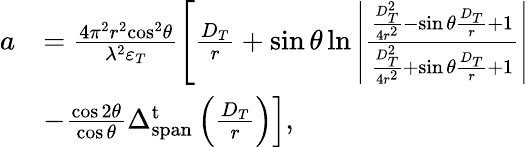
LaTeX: \begin{array}{rl}{a}&{=\frac{{4{\pi^{2}}{r^{2}}{{\cos}^{2}}\theta}}{{{\lambda^{2}}{\varepsilon_{T}}}}\left[{\frac{{{D_{T}}}}{r}+\sin\theta\ln\left|{\frac{{\frac{{D_{T}^{2}}}{{4{r^{2}}}}-\sin\theta\frac{{{D_{T}}}}{r}+1}}{\frac{{D_{T}^{2}}}{{4{r^{2}}}}+\sin\theta\frac{{{D_{T}}}}{r}+1}}\right|}\right.}\\ &{\left.{-\frac{{\cos 2\theta}}{{\cos\theta}}\Delta_{\mathrm{{span}}}^{\mathrm{t}}\left(\frac{{{D_{T}}}}{r}\right)}\right],}\end{array}